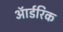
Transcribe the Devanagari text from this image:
ऑर्डरिक